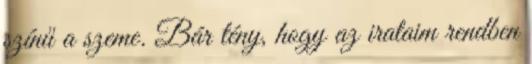
színű a szeme. Bár tény, hogy az irataim rendben